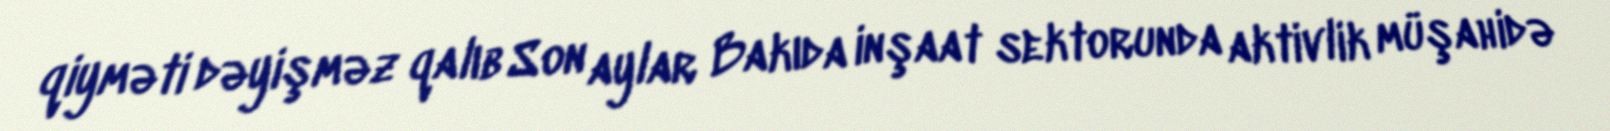
qiyməti dəyişməz qalıb Son aylar Bakıda inşaat sektorunda aktivlik müşahidə